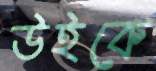
উইকে